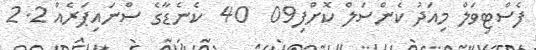
ފެސްޓިވަލް މިއަދު ކެންސަލް ކޮށްފި09  40  ކެނެޑާގެ ސްނައިޕަރެއް 2.2